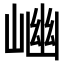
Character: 𡺖